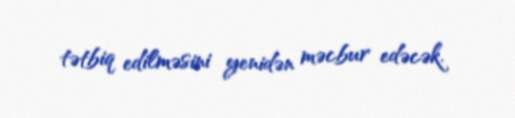
tətbiq edilməsini yenidən məcbur edəcək.